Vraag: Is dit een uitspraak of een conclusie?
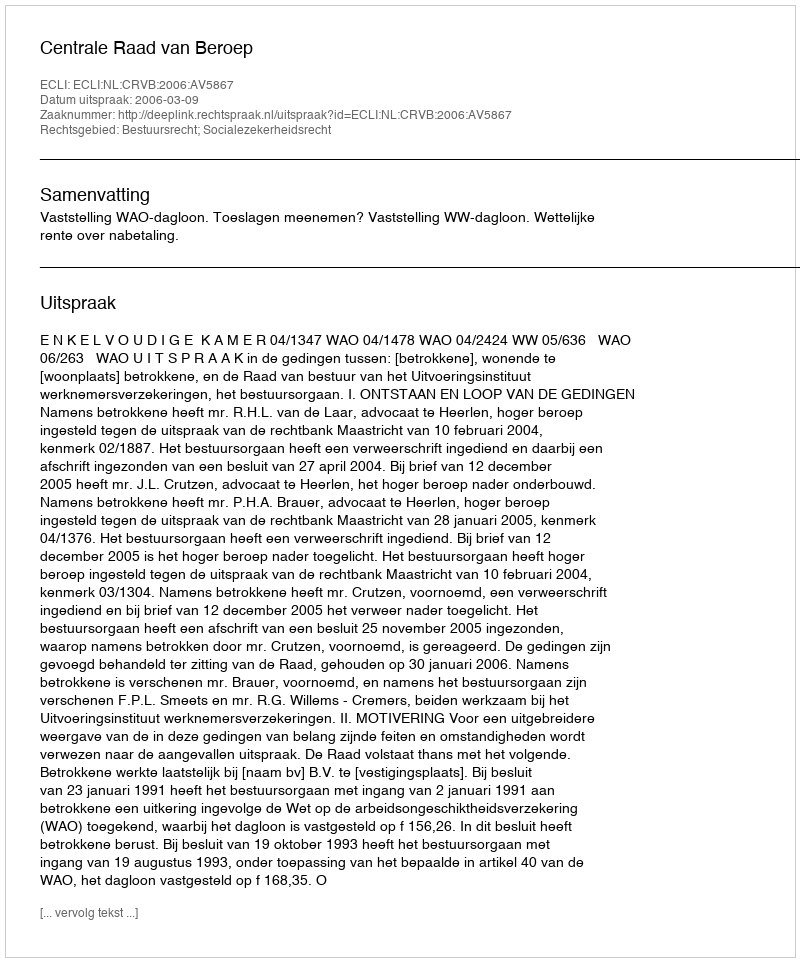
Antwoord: Uitspraak